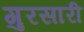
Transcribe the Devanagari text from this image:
गुरसारी